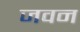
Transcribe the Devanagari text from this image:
जवन